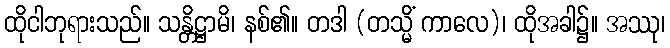
ထိုငါဘုရားသည်။ သန္တိဋ္ဌာမိ၊ နစ်၏။ တဒါ (တသ္မိံ ကာလေ)၊ ထိုအခါ၌။ အဿု၊